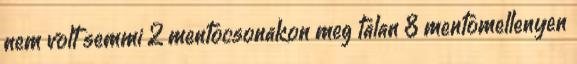
nem volt semmi 2 mentocsonakon meg talan 8 mentomellenyen